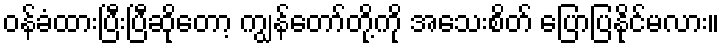
ဝန်ခံထားပြီးပြီဆိုတော့ ကျွန်တော်တို့ကို အသေးစိတ် ပြောပြနိုင်မလား။